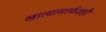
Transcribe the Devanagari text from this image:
खात्यामार्फतही